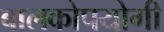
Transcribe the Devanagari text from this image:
बालकोपयोगी